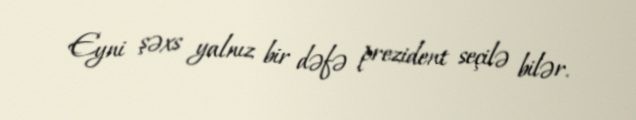
Eyni şəxs yalnız bir dəfə prezident seçilə bilər.